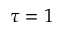
\tau = 1